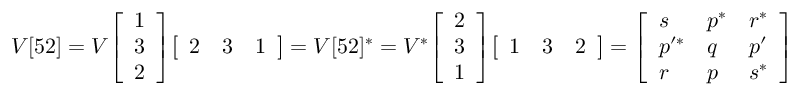
V [ 5 2 ] = V { \left[ \begin{array} { l } { 1 } \\ { 3 } \\ { 2 } \end{array} \right] } { \left[ \begin{array} { l l l } { 2 } & { 3 } & { 1 } \end{array} \right] } = V [ 5 2 ] ^ { * } = V ^ { * } { \left[ \begin{array} { l } { 2 } \\ { 3 } \\ { 1 } \end{array} \right] } { \left[ \begin{array} { l l l } { 1 } & { 3 } & { 2 } \end{array} \right] } = { \left[ \begin{array} { l l l } { s } & { p ^ { * } } & { r ^ { * } } \\ { p ^ { \prime * } } & { q } & { p ^ { \prime } } \\ { r } & { p } & { s ^ { * } } \end{array} \right] }